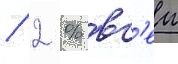
/ 2 % вс'еи